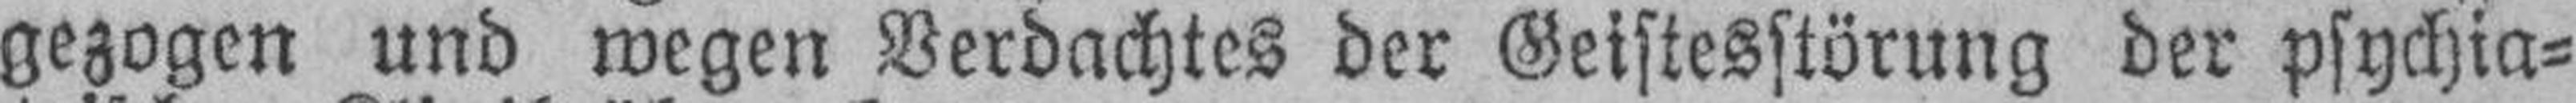
gezogen und wegen Verdachtes der Geistesstörung der psychia¬